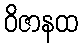
ဝိဇာနထ